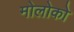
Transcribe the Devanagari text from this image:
मोलोको